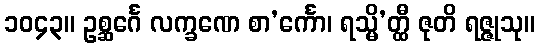
၁၀၄၃။ ဥစ္ဆင်္ဂေ လက္ခဏေ စာ’င်္ကော၊ ရသ္မိ’တ္ထီ ဇုတိ ရဇ္ဇုသု။